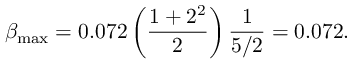
\beta _ { \mathrm { m a x } } = 0 . 0 7 2 \left( { \frac { 1 + 2 ^ { 2 } } { 2 } } \right) { \frac { 1 } { 5 / 2 } } = 0 . 0 7 2 .